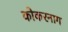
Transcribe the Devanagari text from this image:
कोकरनाग